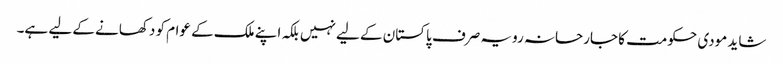
شاید مودی حکومت کا جارحانہ رویہ صرف پاکستان کے لیے نہیں بلکہ اپنے ملک کے عوام کو دکھانے کے لیے ہے۔